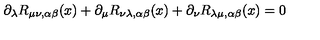
\partial _ { \lambda } R _ { \mu \nu , \alpha \beta } ( x ) + \partial _ { \mu } R _ { \nu \lambda , \alpha \beta } ( x ) + \partial _ { \nu } R _ { \lambda \mu , \alpha \beta } ( x ) = 0